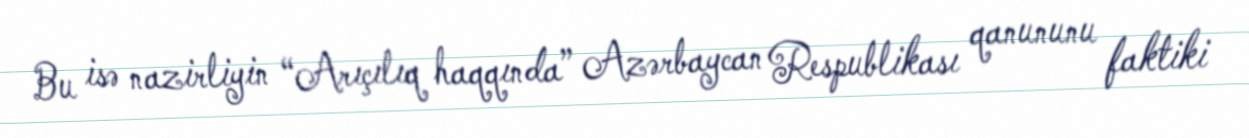
Bu isə nazirliyin “Arıçılıq haqqında” Azərbaycan Respublikası qanununu faktiki